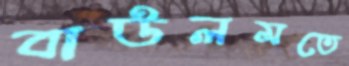
বাউলমতে